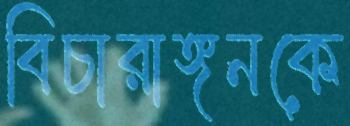
বিচারাঙ্গনকে